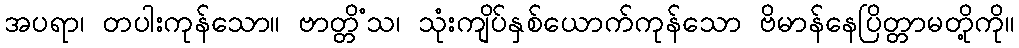
အပရာ၊ တပါးကုန်သော။ ဗာတ္တိံသ၊ သုံးကျိပ်နှစ်ယောက်ကုန်သော ဗိမာန်နေပြိတ္တာမတို့ကို။